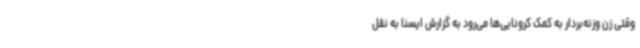
وقتی زن وزنه‌بردار به کمک کرونایی‌ها می‌رود به گزارش ایسنا به نقل